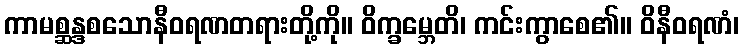
ကာမစ္ဆန္ဒစသောနီဝရဏတရားတို့ကို။ ဝိက္ခမ္ဘေတိ၊ ကင်းကွာစေ၏။ ဝိနီဝရဏံ၊